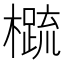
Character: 𬄼